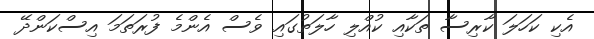
އެކި ކަހަލަ ކާރިސާ ތަކާއި ކުއްލި ހާލަތުގައި ވެސް އެންމެ ފުރަތަމަ އިސްކަންދޭ